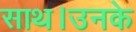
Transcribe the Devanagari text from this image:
साथ।उनके